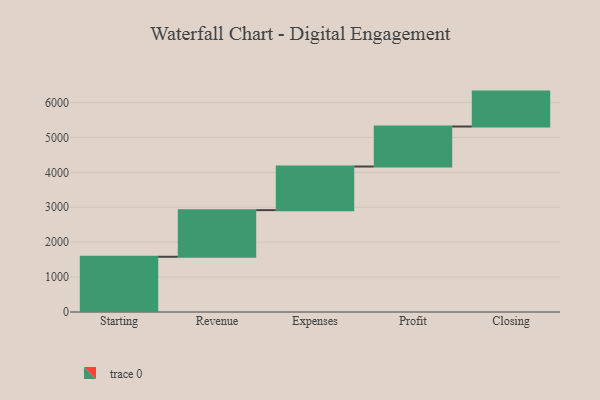
{"axis": {"x": "Step", "y": "Value"}, "legend": [""], "data": [{"x": "Starting", "y": 1582.0, "type": ""}, {"x": "Revenue", "y": 1336.0, "type": ""}, {"x": "Expenses", "y": 1249.0, "type": ""}, {"x": "Profit", "y": 1146.0, "type": ""}, {"x": "Closing", "y": 1000, "type": ""}]}